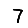
Digit: 7